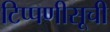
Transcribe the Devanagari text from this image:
टिप्पणीसूची